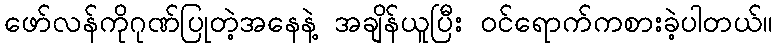
ဖော်လန်ကိုဂုဏ်ပြုတဲ့အနေနဲ့ အချိန်ယူပြီး ဝင်ရောက်ကစားခဲ့ပါတယ်။